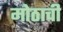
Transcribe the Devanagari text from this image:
मोठाची